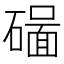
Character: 𥖊